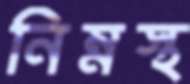
নিম্নস্থ